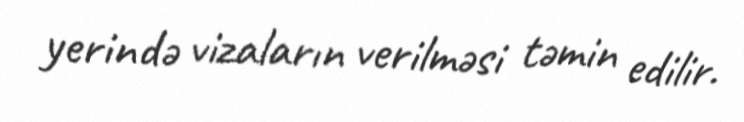
yerində vizaların verilməsi təmin edilir.